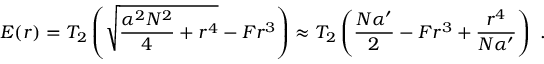
E ( r ) = T _ { 2 } \left( \sqrt { { \frac { \alpha ^ { 2 } N ^ { 2 } } { 4 } } + r ^ { 4 } } - F r ^ { 3 } \right) \approx T _ { 2 } \left( { \frac { N \alpha ^ { \prime } } { 2 } } - F r ^ { 3 } + { \frac { r ^ { 4 } } { N \alpha ^ { \prime } } } \right) \ .